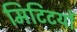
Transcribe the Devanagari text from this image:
मिटिटयों